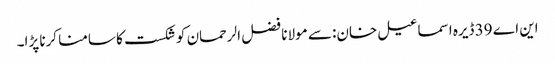
این اے 39 ڈیرہ اسماعیل خان: سے مولانا فضل الرحمان کو شکست کا سامنا کرنا پڑا۔